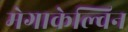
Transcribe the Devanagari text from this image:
मेगाकेल्विन